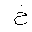
Letter: _kha